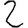
Digit: 2